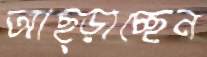
আছ্‌ড়াচ্ছেন